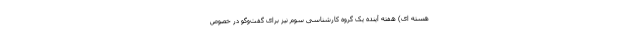
هسته ای) هفته آینده یک گروه کارشناسی سوم نیز برای گفت‌وگو در خصوص